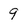
Character: 9